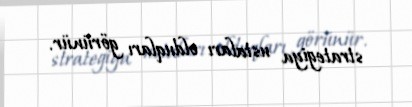
strategiya ustaları olduqları görünür.